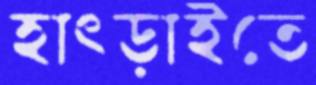
হাৎড়াইতে